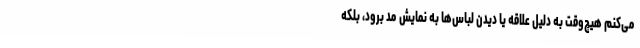
می‌کنم هیچ‌وقت به دلیل علاقه یا دیدن لباس‌ها به نمایش مد برود، بلکه